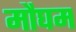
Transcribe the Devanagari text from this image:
मौघम